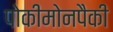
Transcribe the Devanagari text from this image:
पोकीमोनपैकी